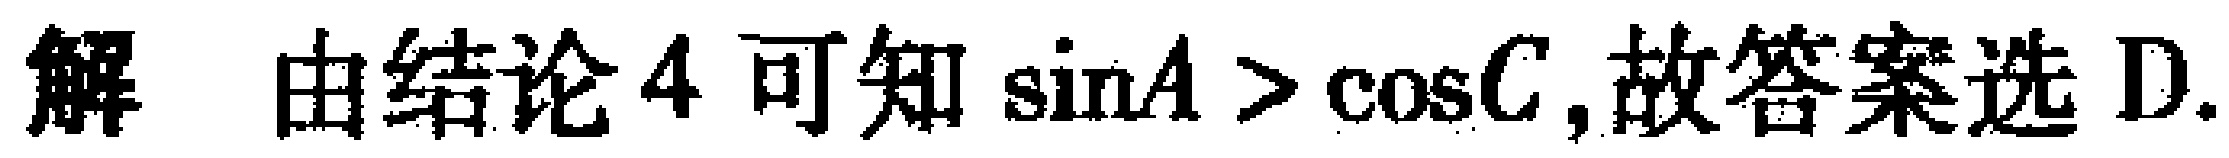
解 由结论4可知\(\sin A > \cos C\),故答案选D.